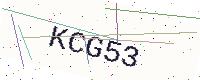
Text: KCG53